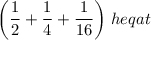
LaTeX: { \bigg ( } { \frac { 1 } { 2 } } + { \frac { 1 } { 4 } } + { \frac { 1 } { 1 6 } } { \bigg ) } \; h e q a t